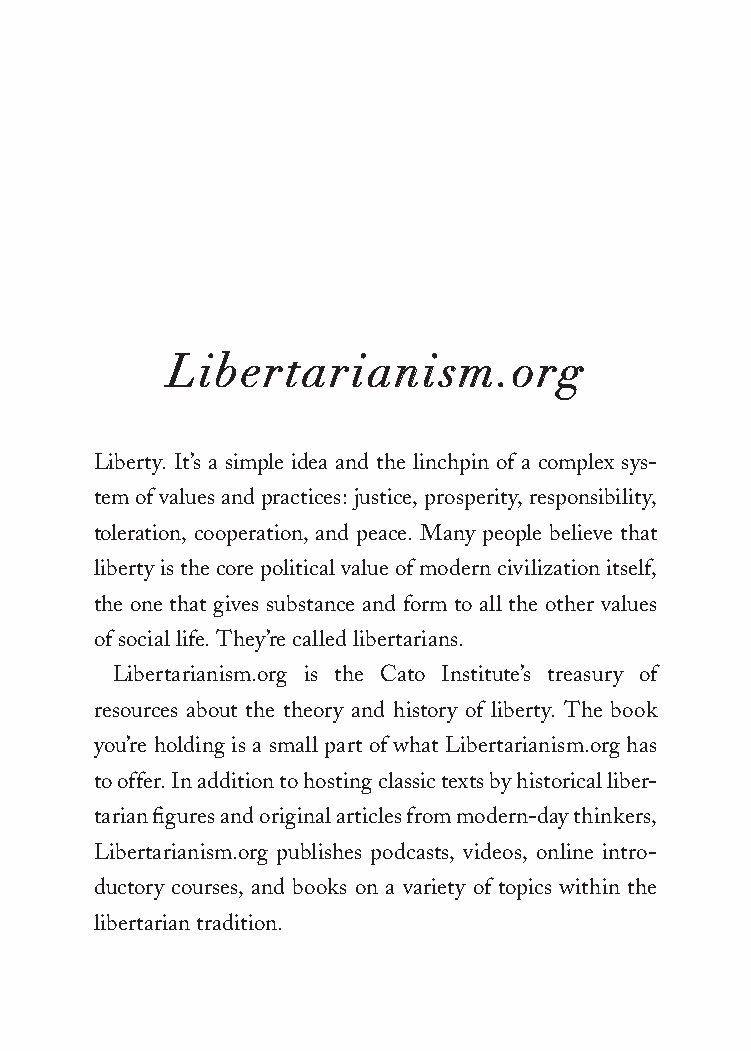
Libertarianism.org
 Liberty. It’s a simple idea and the linchpin of a complex sys-
 tem of values and practices: justice, prosperity, responsibility,
 toleration, cooperation, and peace. Many people believe that
 liberty is the core political value of modern civilization itself,
 the one that gives substance and form to all the other values
 of social life. They’re called libertarians.
 Libertarianism.org is the Cato Institute’s treasury of
 resources about the theory and history of liberty. The book
 you’re holding is a small part of what Libertarianism.org has
 to offer. In addition to hosting classic texts by historical liber-
 tarian figures and original articles from modern-day thinkers,
 Libertarianism.org publishes podcasts, videos, online intro-
 ductory courses, and books on a variety of topics within the
 libertarian tradition.
 25320_Ch13_BM.indd 185                  24/06/2021 1:28 PM